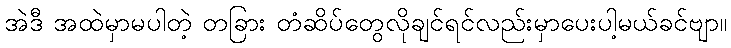
အဲဒီ အထဲမှာမပါတဲ့ တခြား တံဆိပ်တွေလိုချင်ရင်လည်းမှာပေးပါ့မယ်ခင်ဗျာ။